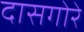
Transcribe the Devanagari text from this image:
दासगोरे